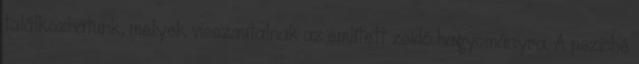
találkozhatunk, melyek visszautalnak az említett zsidó hagyományra. A psziché